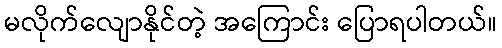
မလိုက်လျောနိုင်တဲ့ အကြောင်း ပြောရပါတယ်။